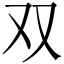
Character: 双